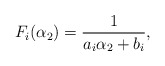
\begin{align*}F_{i}(\alpha_{2})=\frac{1}{a_{i}\alpha_{2}+b_{i}},\end{align*}